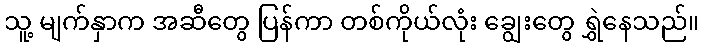
သူ့ မျက်နှာက အဆီတွေ ပြန်ကာ တစ်ကိုယ်လုံး ချွေးတွေ ရွှဲနေသည်။